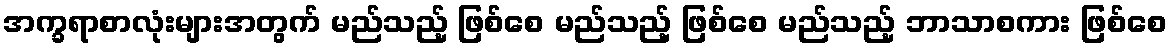
အက္ခရာစာလုံးများအတွက် မည်သည့် ဖြစ်စေ မည်သည့် ဖြစ်စေ မည်သည့် ဘာသာစကား ဖြစ်စေ